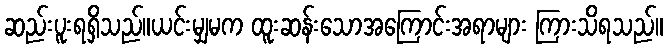
ဆည်းပူးရရှိသည်။ယင်းမျှမက ထူးဆန်းသောအကြောင်းအရာများ ကြားသိရသည်။